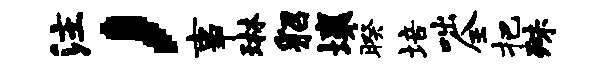
注，事琳貂壤暌培咄全把殊